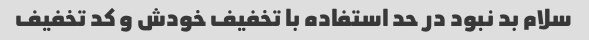
سلام بد نبود در حد استفاده با تخفیف خودش و کد تخفیف